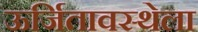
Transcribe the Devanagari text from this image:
ऊर्जितावस्थेला